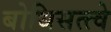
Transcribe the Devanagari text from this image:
बोधिसत्त्वे